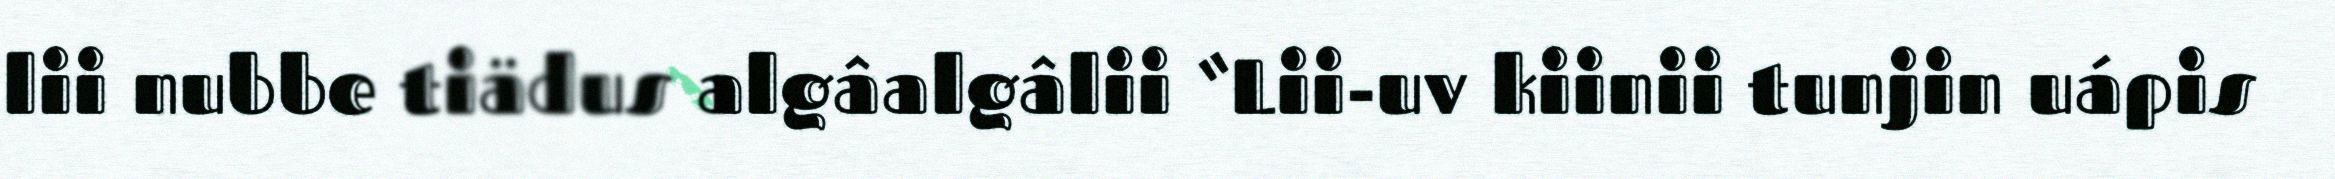
lii nubbe tiädus algâalgâlii “Lii-uv kiinii tunjin uápis